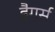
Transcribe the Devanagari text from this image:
ड्रैगर्स